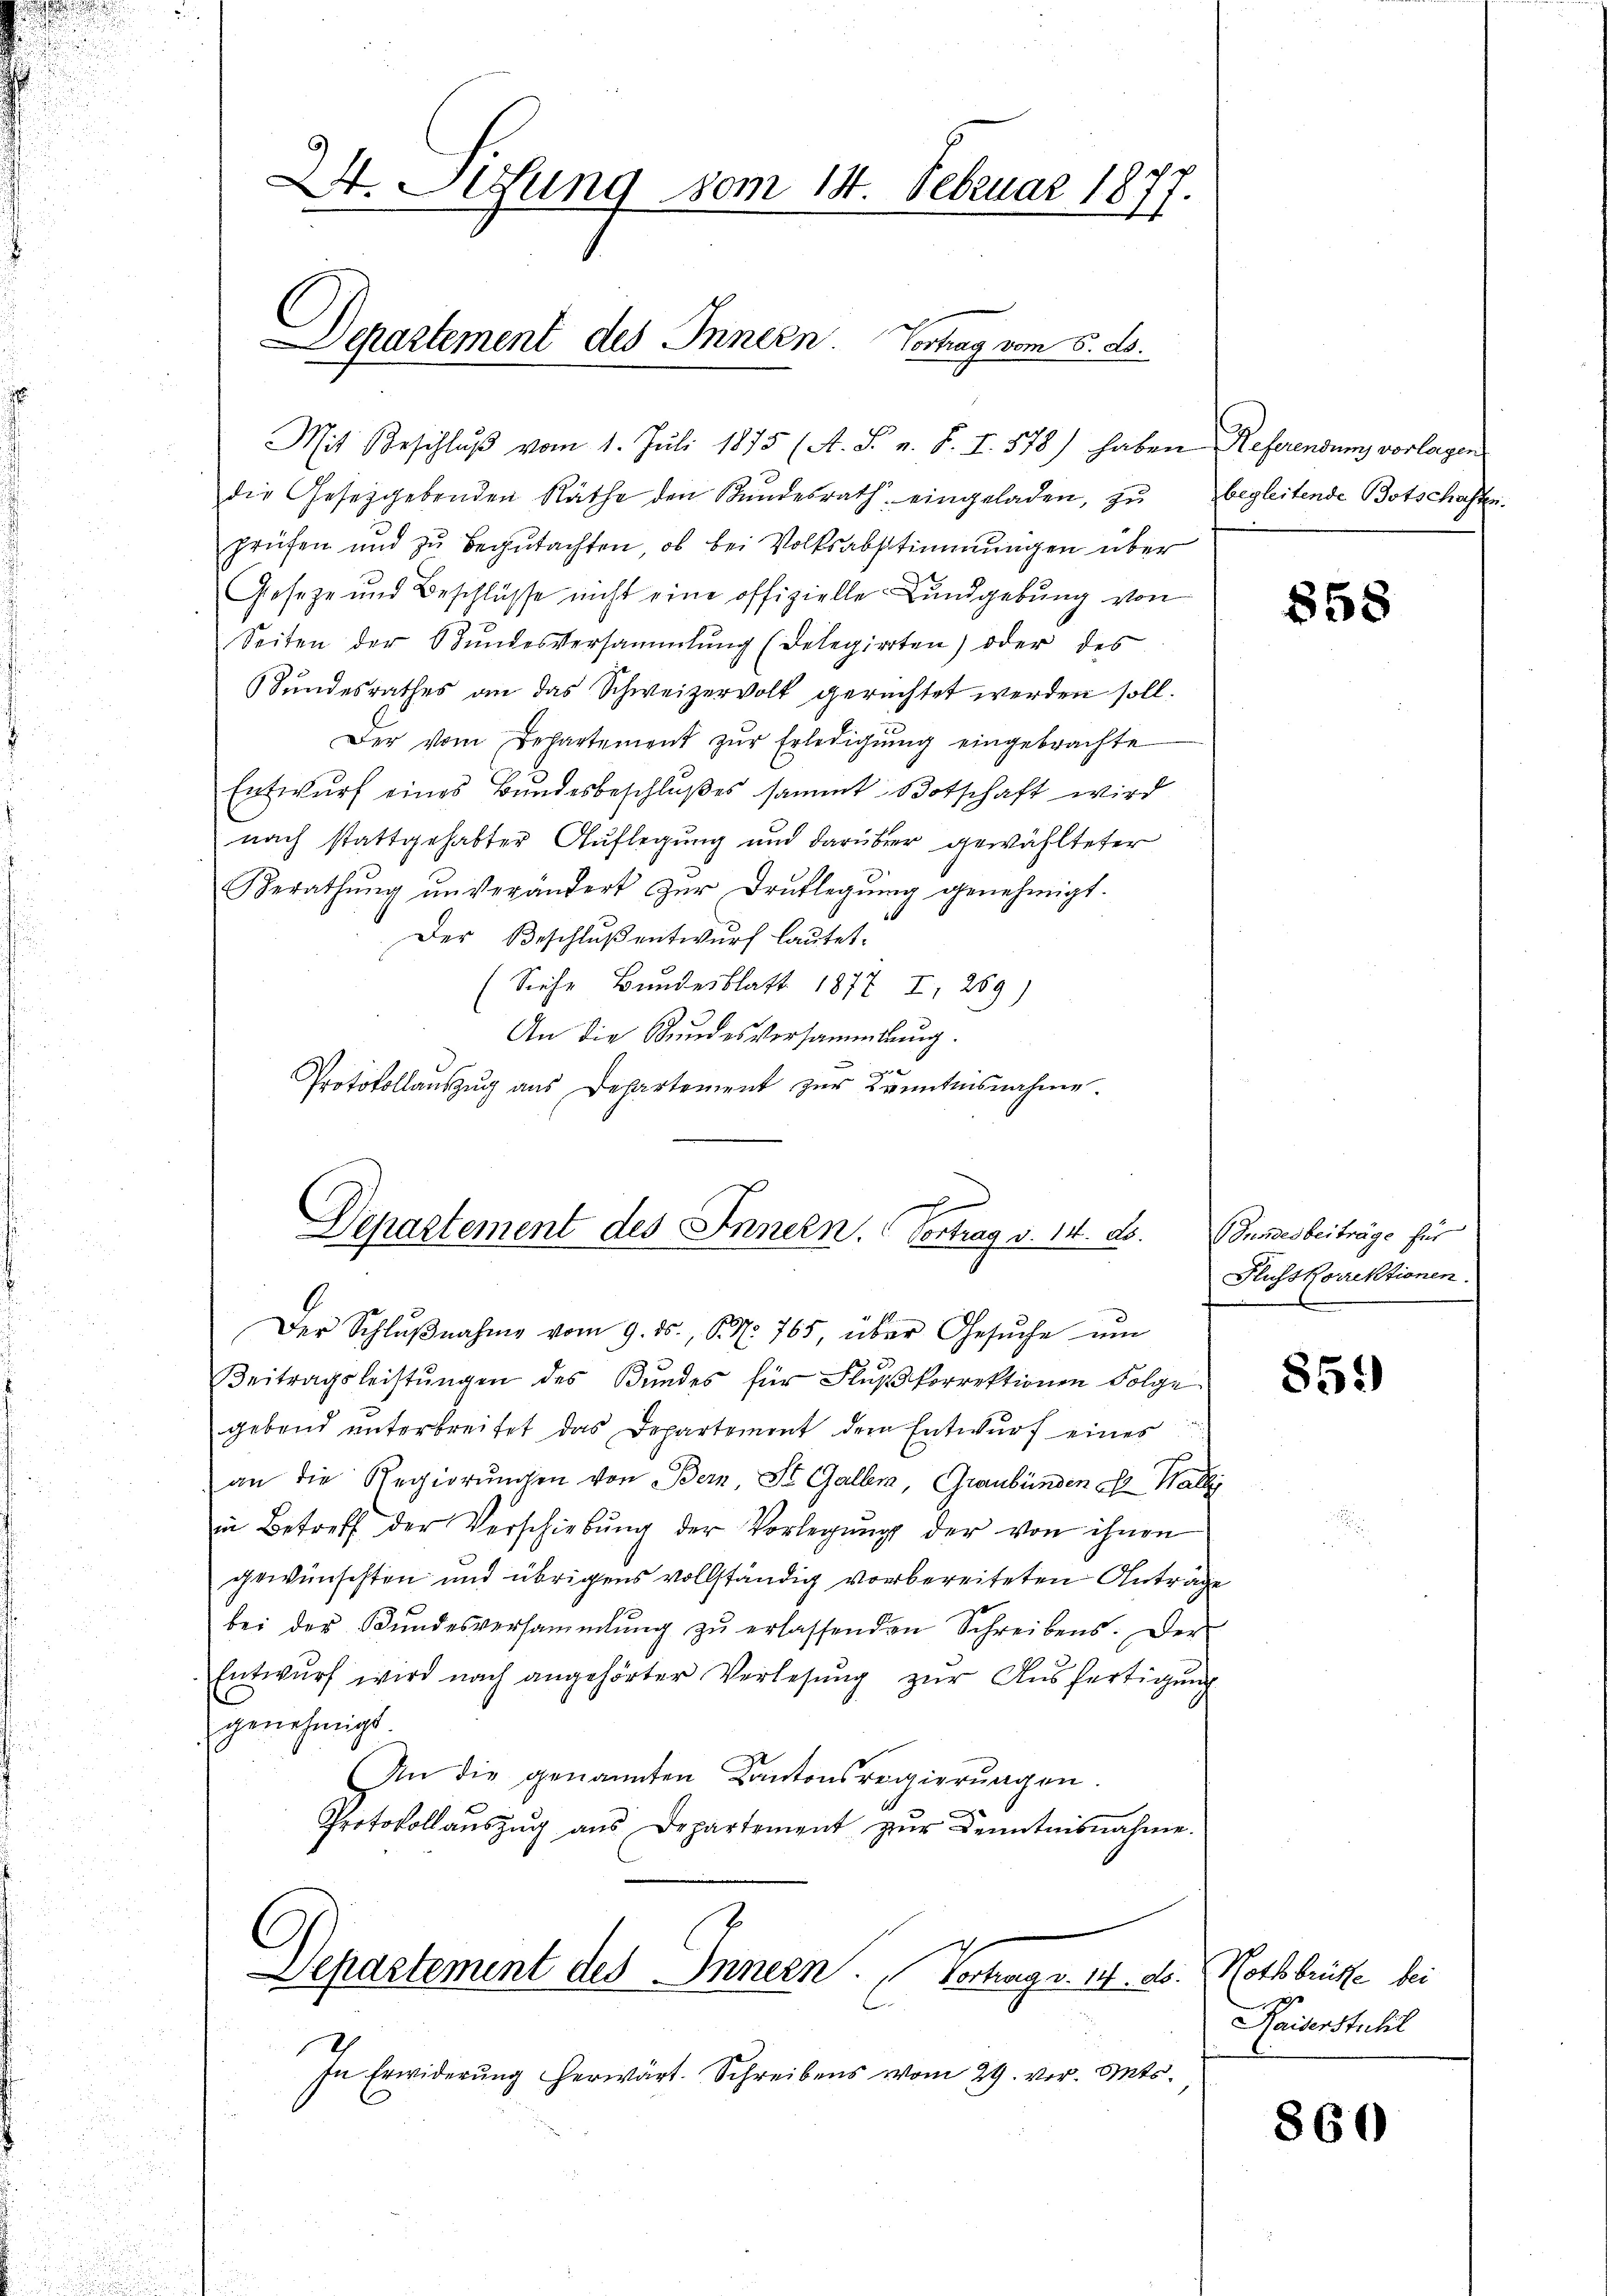
24. Sedung vom 14. Februar 1877.

Departement des Innern. Vortrag vom 5. ds.

Mit Beschlŭβ vom 1. Jŭli 1875 (A. S. n. F. I. 578) haben Referendung vorlagen
die Gesetzgebenden Räthe den Bŭndesrath eingeladen, zŭ begleitende Botschaften.
prüfen und zŭ begutachten, ob bei Volksabstimmungen über
Geseze und Beschlüsse nicht eine offizielle Lundgebung von
Seiten der Stŭndesversammlung (Belegierten) oder des
SSŭndesrathes an das Schweizervolk gerachtet werden soll.
Der vom Departement zŭr Erledigŭng eingebrachte
Entwurf eines Bundesbeschlußes sammt Botschaft wird
nach stattgehabter Auflegung und darüber gewählteter
Berathŭng ŭnverändert zŭr Drŭklegŭng genehmigt.
Der Beschluß entwurf lautet.
(Siehe Bundesblatt 1877 I 289)
An die Bundesversammlung.

Protokollauszug aus Departement zur Kenntnisnahme.

Departement des Innern. Vortrag v. 14. ds.

Der Schlŭβnahme vom 9. ds., S. 765, über Gesŭche ŭm
Beitragsleistŭngen des Bŭndes für Flŭβkorrektionen Folge
gebend ŭnterbreitet das Departement dem Entwŭrf eines
an die Regierŭngen von Bern, St. Galler, Graubünden oft Wallis
in Betreff der Verschiebŭng der Vorlegŭng der von ihnen
gewünschten und übrigens vollständig vorbereiteten Anträge
bei der Bŭndesversammlung zŭ erlassenden Schreibens. Der
Entwurf wird nach angehörter Verlesung zur Ausfertigung
genehmigt.
An die genannten Kantonsregierŭngen.
Protokollaŭszŭg ans Departement zŭr Kenntnisnahme.
Departement des Innern. Vortrag v. 14. d. 7. Nothbrüste bei
In Erwiderung herwärt. Schreibens vom 29. vor. Mts.

858

Bundesbeiträge für
Flusskorrektionen.

85.)

Kaiserstuhl

860